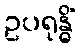
ဥပရုန္ဓိံ